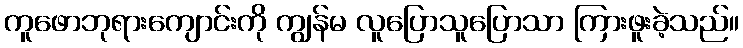
ကူဖောဘုရားကျောင်းကို ကျွန်မ လူပြောသူပြောသာ ကြားဖူးခဲ့သည်။